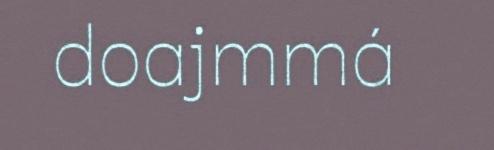
doajmmá